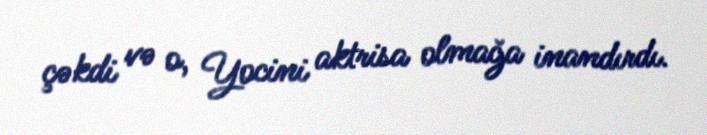
çəkdi və o, Yocini aktrisa olmağa inandırdı.